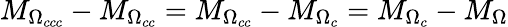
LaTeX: M_{\Omega_{ccc}}-M_{\Omega_{cc}}=M_{\Omega_{cc}}-M_{\Omega_{c}}=M_{\Omega_{c}}-M_{\Omega}